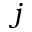
j